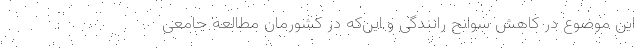
این موضوع در کاهش سوانح رانندگی و این‌که در کشورمان مطالعه‌ جامعی